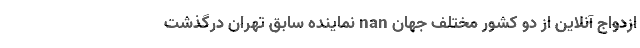
ازدواج آنلاین از دو کشور مختلف جهان nan نماینده سابق تهران درگذشت